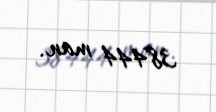
38444 man.